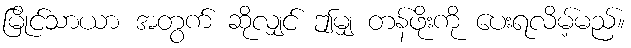
မြိုင်သာယာ အတွက် ဆိုလျှင် ဤမျှ တန်ဖိုးကို ပေးရလိမ့်မည်။